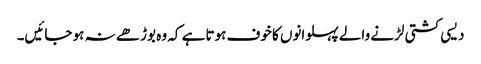
دیسی کشتی لڑنے والے پہلوانوں کا خوف ہوتا ہے کہ وہ بوڑھے نہ ہو جائیں۔